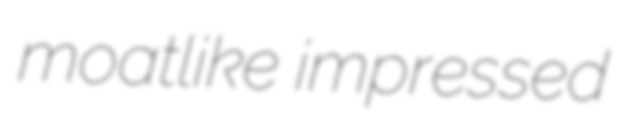
moatlike impressed